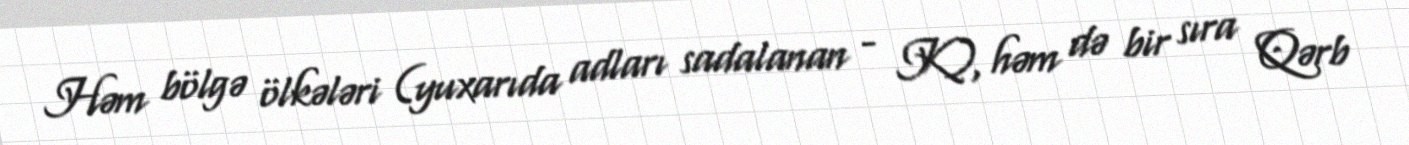
Həm bölgə ölkələri (yuxarıda adları sadalanan - K), həm də bir sıra Qərb